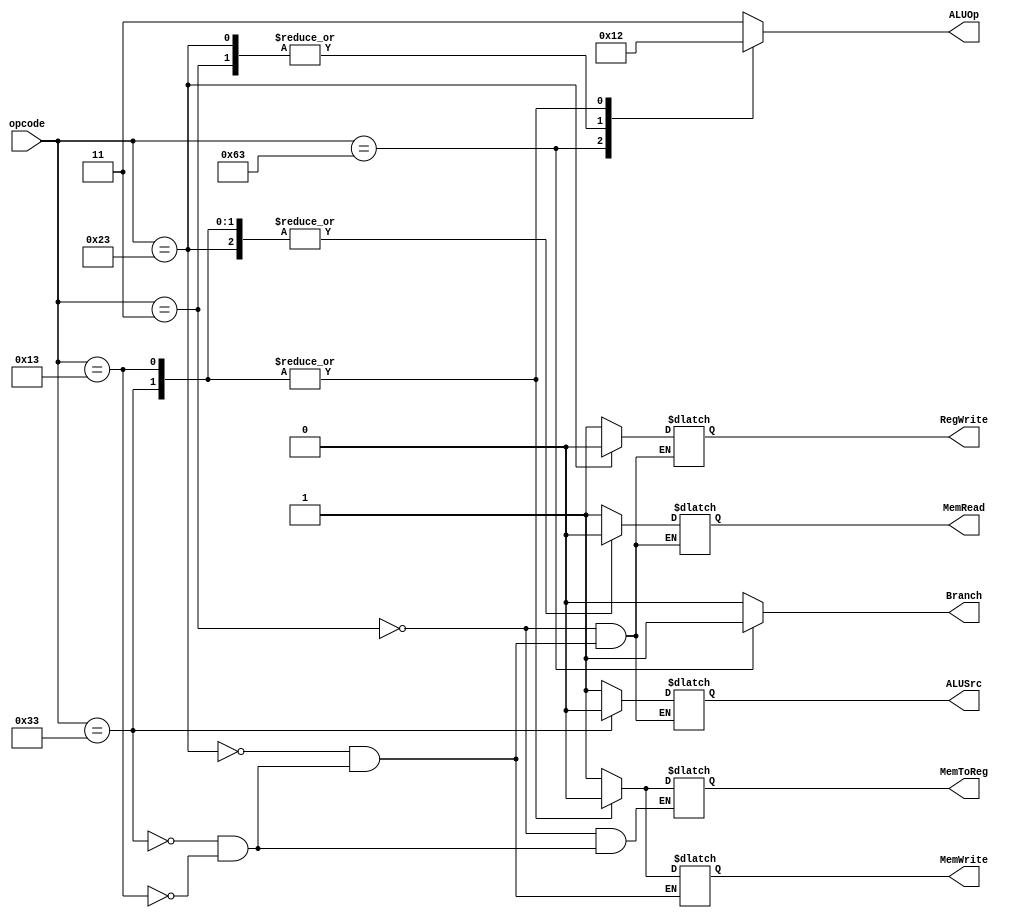
`timescale 1ns / 1ps
//////////////////////////////////////////////////////////////////////////////////
// Company: 
// Engineer: 
// 
// Design Name: 
// Module Name: Main_Control
// Project Name: 
// Target Devices: 
// Tool Versions: 
// Description: Generates the 2-bit ALU Op
// 
// Dependencies: 
// 
// Revision:
// Revision 0.01 - File Created
// Additional Comments:
// 
//////////////////////////////////////////////////////////////////////////////////
module Main_Control(
    input wire [6:0] opcode,
    output reg Branch,
    output reg MemRead, 
    output reg MemWrite, 
    output reg MemToReg, 
    output reg RegWrite, 
    output reg ALUSrc,
    output reg [1:0] ALUOp
    );
 
    // Define opcodes for different instructions
    localparam Rformat_OPCODE = 7'b0110011; //Opcode for R-Format instructions
    localparam BEQ_OPCODE = 7'b1100011;     //Opcode for Branch instructions
    localparam LD_OPCODE = 7'b0000011;      //Opcode for Load instructions
    localparam SD_OPCODE = 7'b0100011;      //Opcode for Store instructions
    localparam IType_OPCODE = 7'b0010011;   //Opcode for I Type

    // Define ALUOp (ALU Operation) codes
    localparam ALUOP_LDSD = 2'b00;  //Both LD and SD has the same ALU Operation bits
     localparam ALUOP_BEQ = 2'b01;  //beq ALU operation bits
     localparam ALUOP_R = 2'b10;    //R-format ALU operation bits
     
     // Control signal logic based on opcode
    always @(*) begin
        // Reset signals or default values 
        Branch = 1'b0;  
        ALUOp = 2'b11;

        // Set control signals based on opcode (Refer to Control Signal setting table)
        case (opcode)
            BEQ_OPCODE: begin   
                Branch = 1'b1; // Set Branch signal for 'beq' instruction
                ALUOp = ALUOP_BEQ; // Set ALUOp to indicate a subtract operation for 'beq'
            end
            
            LD_OPCODE: begin    //Control Signals for LD instruction
                MemRead = 1'b1; 
                MemToReg = 1'b1;
                RegWrite = 1'b1;
                ALUSrc = 1'b1;
                ALUOp = ALUOP_LDSD;
            end
            
            SD_OPCODE: begin    //Control signal for SD instructions
                ALUSrc = 1'b1;
                RegWrite = 1'b0;
                MemRead = 1'b0;
                MemWrite = 1'b1;
                ALUOp = ALUOP_LDSD;
            end
            
            Rformat_OPCODE: begin //Control signal for R format instructions
                ALUSrc = 1'b0;
                MemToReg = 1'b0;
                RegWrite = 1'b1;
                MemRead = 1'b0;
                MemWrite = 1'b0;
                ALUOp = ALUOP_R;
            end
            
            IType_OPCODE: begin //Control signal for I type 
                ALUSrc = 1'b1;
                MemToReg = 1'b0;
                RegWrite = 1'b1;
                MemRead = 1'b0;
                MemWrite = 1'b0;
                ALUOp = ALUOP_R;
            end
        endcase
     end
endmodule